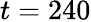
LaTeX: t=240